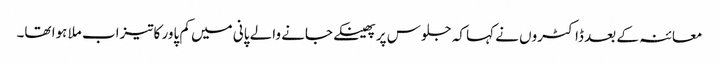
معائنہ کے بعد ڈاکٹروں نے کہا کہ جلوس پر پھینکے جانے والے پانی میں کم پاور کاتیزاب ملا ہوا تھا۔